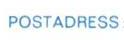
POSTADRESS